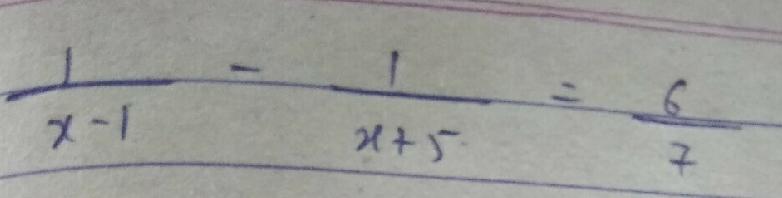
$\frac{1}{x - 1}-\frac{1}{x + 5}=\frac{6}{7}$